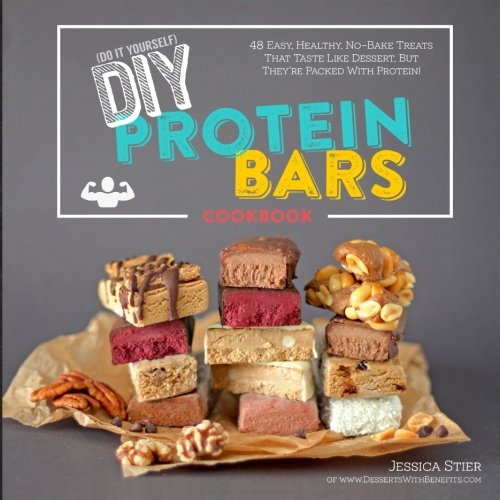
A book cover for DIY Protein Bars Cookbook: Easy, Healthy, Homemade No-Bake Treats That Taste Like Dessert, But Just Happen To Be Packed With Protein!; Jessica Stier; Cookbooks, Food & Wine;